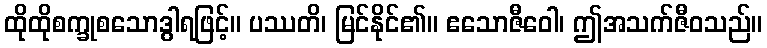
ထိုထိုစက္ခုစသောဒွါရဖြင့်။ ပဿတိ၊ မြင်နိုင်၏။ ဧသောဇီဝေါ၊ ဤအသက်ဇီဝသည်။